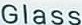
Glass